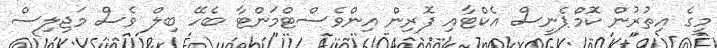
މީގެ އިތުރުން ކޮމްޕެނީސް އެކްޓާއި ފޮރިން އިންވެސްޓްމަންޓާ ބެހޭ ބިލް ވެސް މަޖިލިސް